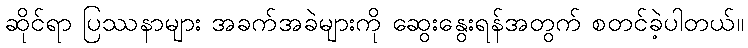
ဆိုင်ရာ ပြဿနာများ အခက်အခဲများကို ဆွေးနွေးရန်အတွက် စတင်ခဲ့ပါတယ်။